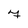
Character: 7